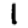
Digit: 1